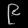
Digit: ၉